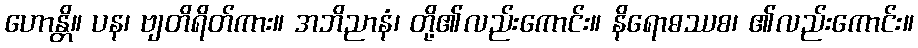
ဟောန္တိ။ ပန၊ ဗျတိရိတ်ကား။ အဘိညာနံ၊ တို့၏လည်းကောင်း။ နိရောဓဿစ၊ ၏လည်းကောင်း။